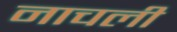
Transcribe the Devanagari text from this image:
नाचली